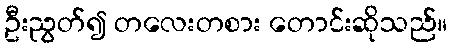
ဦးညွတ်၍ တလေးတစား တောင်းဆိုသည်။